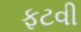
ફટવી